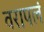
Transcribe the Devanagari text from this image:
वरापलं